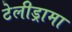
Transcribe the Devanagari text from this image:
टेलीड्रामा